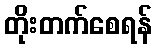
တိုးတက်စေရန်